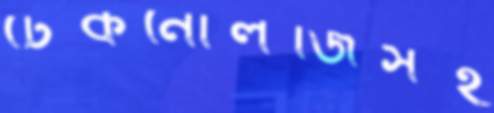
টেকনোলজিসহ